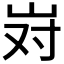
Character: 𫵹